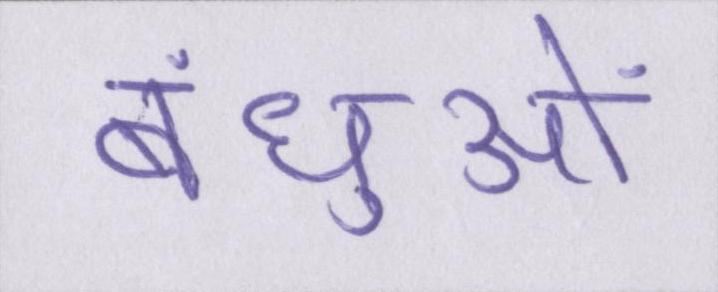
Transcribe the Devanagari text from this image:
बंधुओं